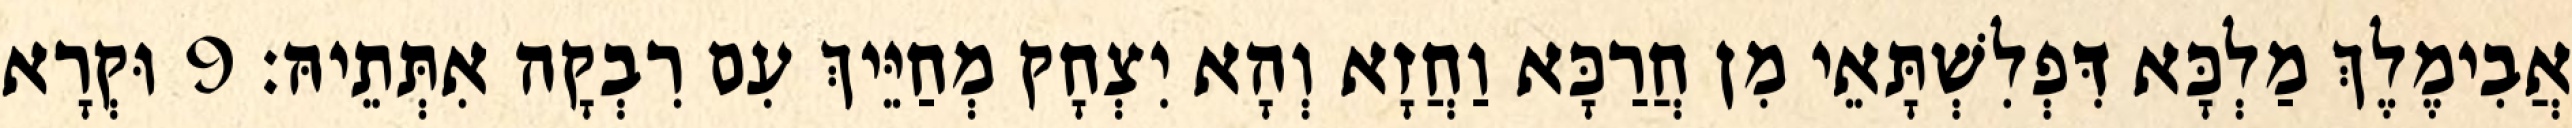
אֲבִימֶלֶךְ מַלְכָּא דִּפְלִשְׁתָּאֵי מִן חֲרַכָּא וַחֲזָא וְהָא יִצְחָק מְחַיֵּיךְ עִם רִבְקָה אִתְּתֵיהּ׃ 9 וּקְרָא